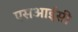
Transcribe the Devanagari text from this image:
एसआईसी